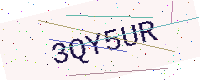
Text: 3QY5UR